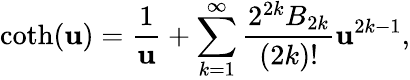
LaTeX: \coth(\mathbf{u})=\frac{{1}}{{\mathbf{u}}}+\sum_{k=1}^{\infty}\frac{{2^{2k}B_{2k}}}{{(2k)!}}\mathbf{u}^{2k-1},